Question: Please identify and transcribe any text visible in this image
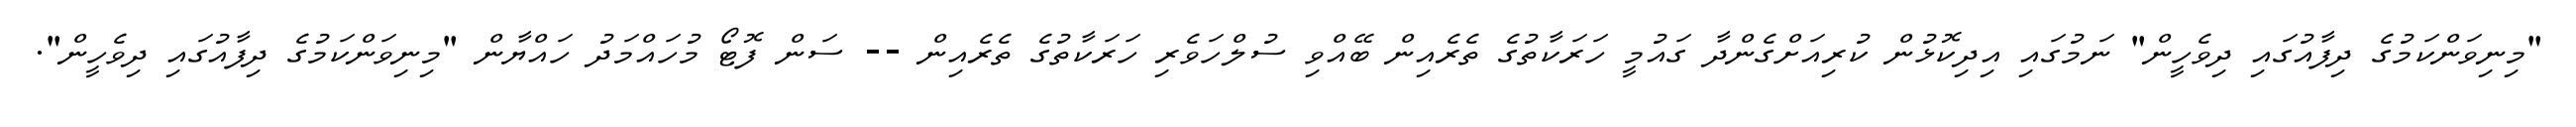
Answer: "މިނިވަންކަމުގެ ދިފާއުގައި ދިވެހީން" ނަމުގައި އިދިކޮޅުން ކުރިއަށްގެންދާ ގައުމީ ހަރަކާތުގެ ތެރެއިން ބޭއްވި ސުލްހަވެރި ހަރަކާތުގެ ތެރެއިން -- ސަން ފޮޓޯ މުހައްމަދު ހައްޔާން "މިނިވަންކަމުގެ ދިފާއުގައި ދިވެހީން".